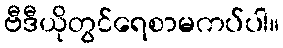
ဗီဒီယိုတွင်ရေစာမကပ်ပါ။